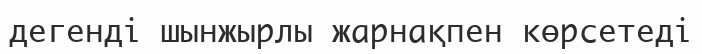
дегенді шынжырлы жарнақпен көрсетеді